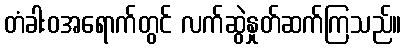
တံခါးဝအရောက်တွင် လက်ဆွဲနှုတ်ဆက်ကြသည်။